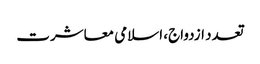
تعدد ازدواج، اسلامی معاشرت